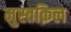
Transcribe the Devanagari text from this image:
मुस्तक़िल